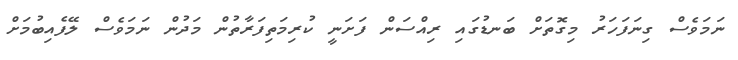
ނަމަވެސް ގިނަފަހަރު މިގޮތަށް ބަނޑުގައި ރިއްސަން ފަށަނީ ކުރިމަތިފަރާތުން މަދުން ނަމަވެސް ލޭފެއިބުމަށް